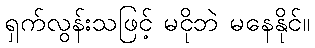
ရှက်လွန်းသဖြင့် မငိုဘဲ မနေနိုင်။